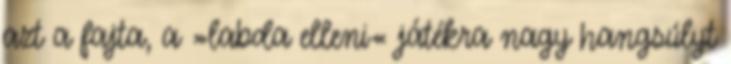
azt a fajta, a »labda elleni« játékra nagy hangsúlyt